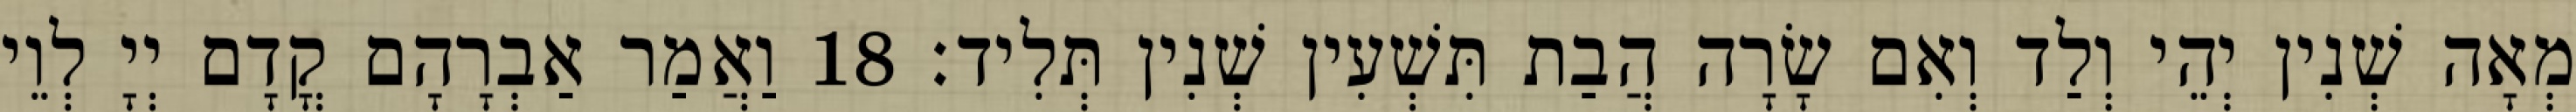
מְאָה שְׁנִין יְהֵי וְלַד וְאִם שָׂרָה הֲבַת תִּשְׁעִין שְׁנִין תְּלִיד׃ 18 וַאֲמַר אַבְרָהָם קֳדָם יְיָ לְוֵי